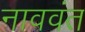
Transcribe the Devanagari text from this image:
नाववंत